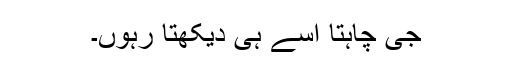
جی چاہتا اسے ہی دیکھتا رہوں۔